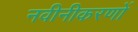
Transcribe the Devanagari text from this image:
नवीनीकरणों